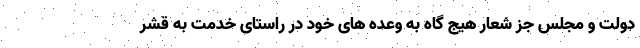
دولت و مجلس جز شعار هیج گاه به وعده های خود در راستای خدمت به قشر